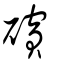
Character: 礗